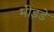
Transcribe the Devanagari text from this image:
मीडडे